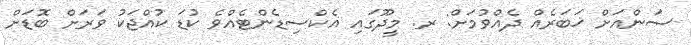
ސަންއަށް ޚަބަރެއް ދެއްވުމަށް: ރ. މީދޫގައި އެކްސިޑެންޓެއްވެ ކުޑަ ކުއްޖަކު ވަރަށް ބޮޑަށް